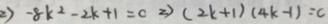
2 ) - 8 k ^ { 2 } - 2 k + 1 = 0 \Rightarrow ( 2 k + 1 ) ( 4 k - 1 ) = c